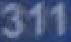
311